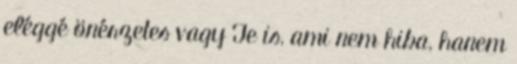
eléggé önérzetes vagy Te is, ami nem hiba, hanem